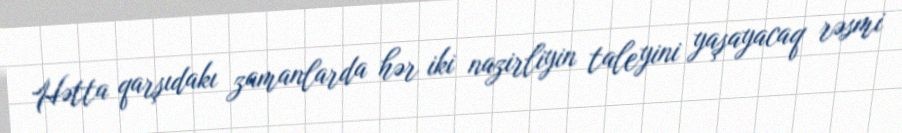
Hətta qarşıdakı zamanlarda hər iki nazirliyin taleyini yaşayacaq rəsmi